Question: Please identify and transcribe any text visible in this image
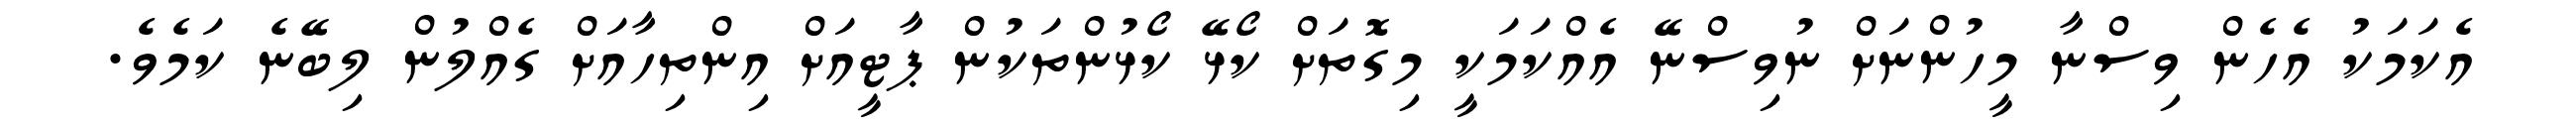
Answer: އެކަމަކު އެހެން ވިސްނާ މީހުންނަށް ނުވިސްނޭ އެއްކަމަކީ މިގޮތަށް ކޯޅޭ ކޯޅުންތަކުން ޕާޓީއަށް އިންތިހާއަށް ގެއްލުން ލިބޭނެ ކަމެވެ.